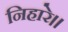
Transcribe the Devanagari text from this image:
निहारे।।